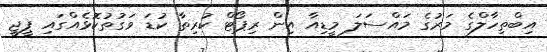
އިބްތިހާލްގެ މަރުގެ މައްސަލަ މީޑިއާ އިން ރިޕޯޓް ކުރިތާ ކުޑަ ވަގުތުކޮޅެއްގައި ޕީޖީ